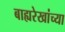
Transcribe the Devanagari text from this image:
बाह्यरेखांच्या